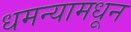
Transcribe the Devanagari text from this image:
धमन्यामधून